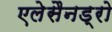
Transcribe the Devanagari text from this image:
एलेसैनड्रो